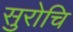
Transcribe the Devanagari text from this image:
सुरोचि